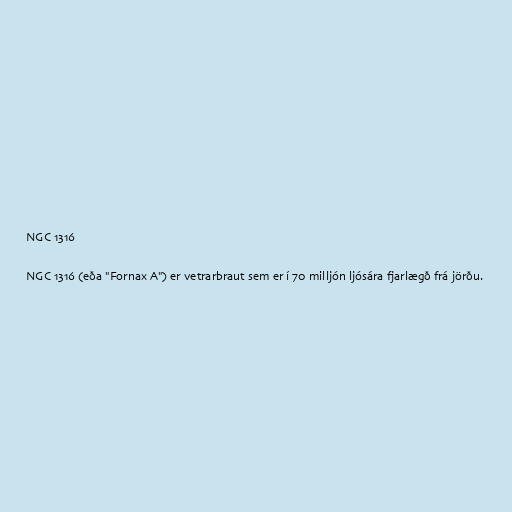
NGC 1316

NGC 1316 (eða "Fornax A") er vetrarbraut sem er í 70 milljón ljósára fjarlægð frá jörðu.